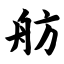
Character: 舫